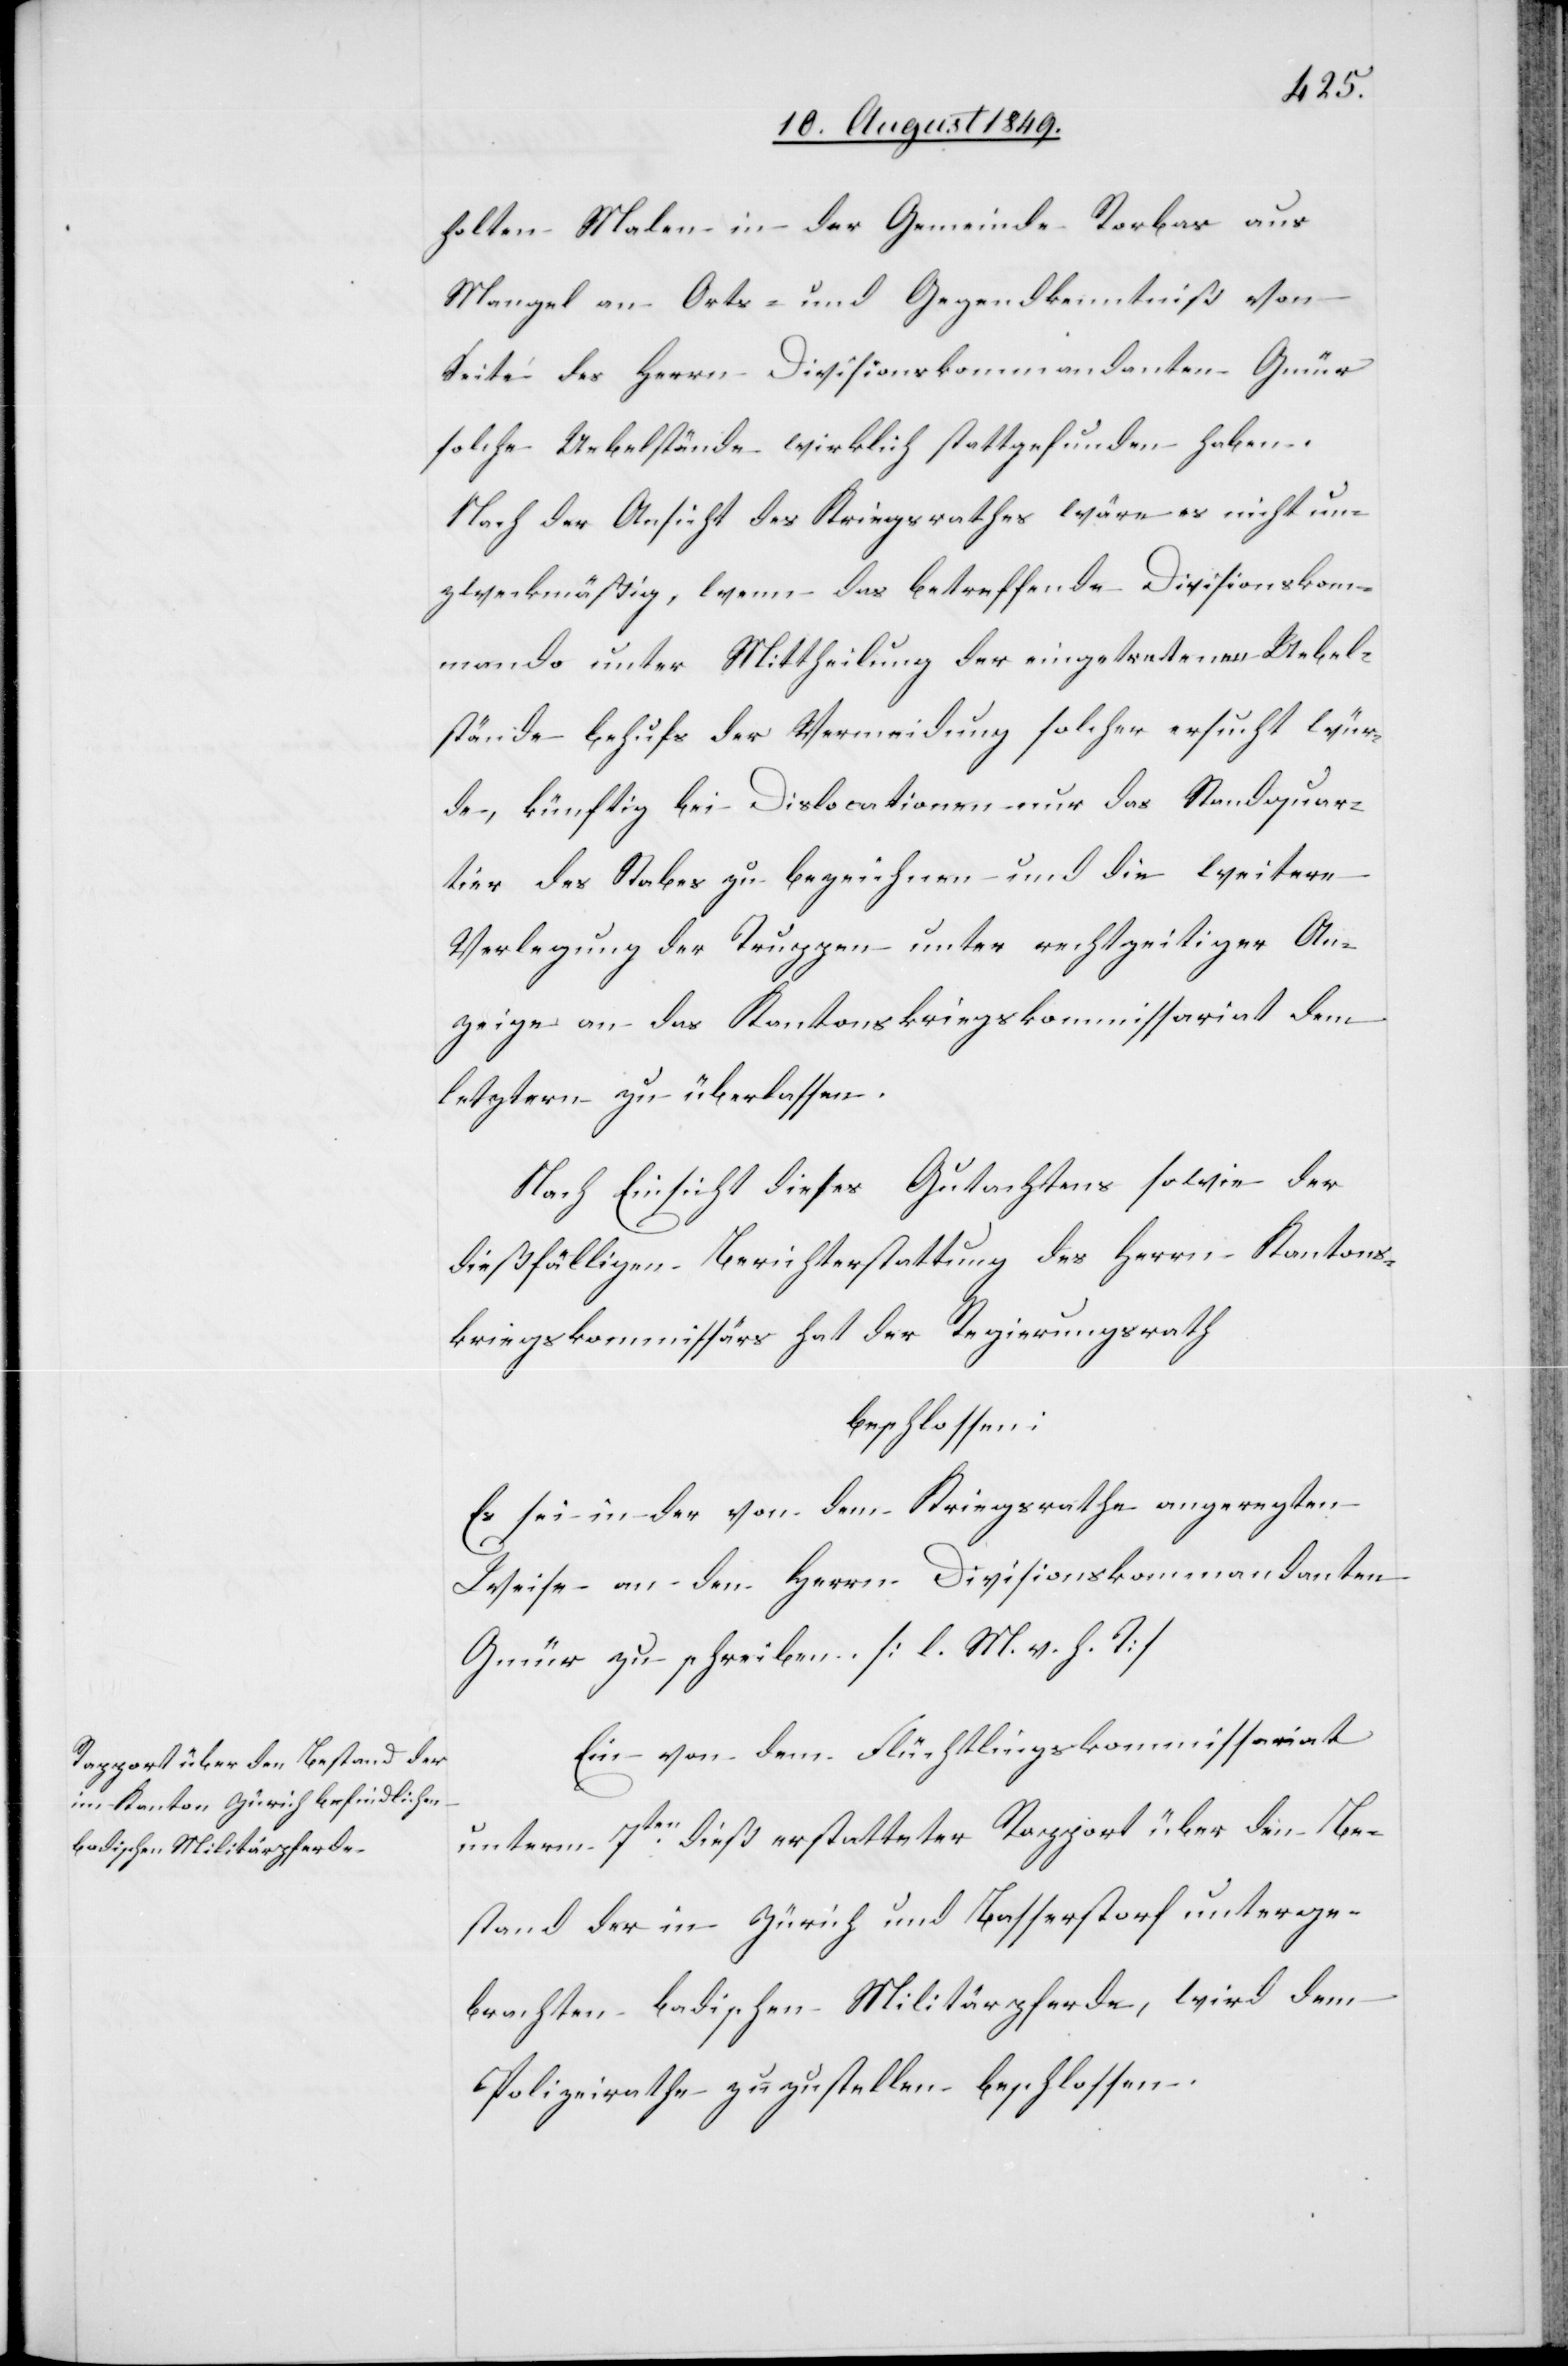
holten Malen in der Gemeinde Rorbas aus
Mangel an Orts- und Gegendkenntniß von
Seite des Herrn Divisionskommandanten Gmür
solche Uebelstände wirklich stattgefunden haben.
Nach der Ansicht des Kriegsrathes wäre es nicht un¬
zweckmäßig, wenn das betreffende Divisionskom¬
mando unter Mittheilung der eingetretenen Uebel¬
stände behufs der Vermeidung solcher ersucht wür¬
de, künftig bei Dislocationen nur das Standquar¬
tier des Stabes zu bezeichnen und die weitere
Verlegung der Truppen unter rechtzeitiger An¬
zeige an das Kantonskriegskommissariat dem
letztern zu überlassen.
Nach Einsicht diese Gutachtens sowie der
dießfälligen Berichterstattung des Herrn Kantons¬
kriegskommissärs hat der Regierungsrath
beschlossen:
Es sein in der von dem Kriegsrathe angeregten
Weise an den Herrn Divisionskommandanten
Gmür zu schreiben. [l. M. v. h. T]
Ein von dem Flüchtlingskommissariat
unterm 7ten dieß erstatteter Rapport über den Be¬
stand der in Zürich und Basserstorf unterge¬
brachten badischen Militärpferde, wird dem
Polizeirathe zuzustellen beschlossen.